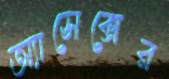
অ্যাসেক্সের